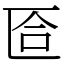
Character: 匼